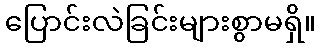
ပြောင်းလဲခြင်းများစွာမရှိ။